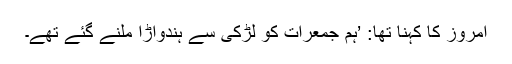
امروز کا کہنا تھا: ’ہم جمعرات کو لڑکی سے ہندواڑا ملنے گئے تھے۔